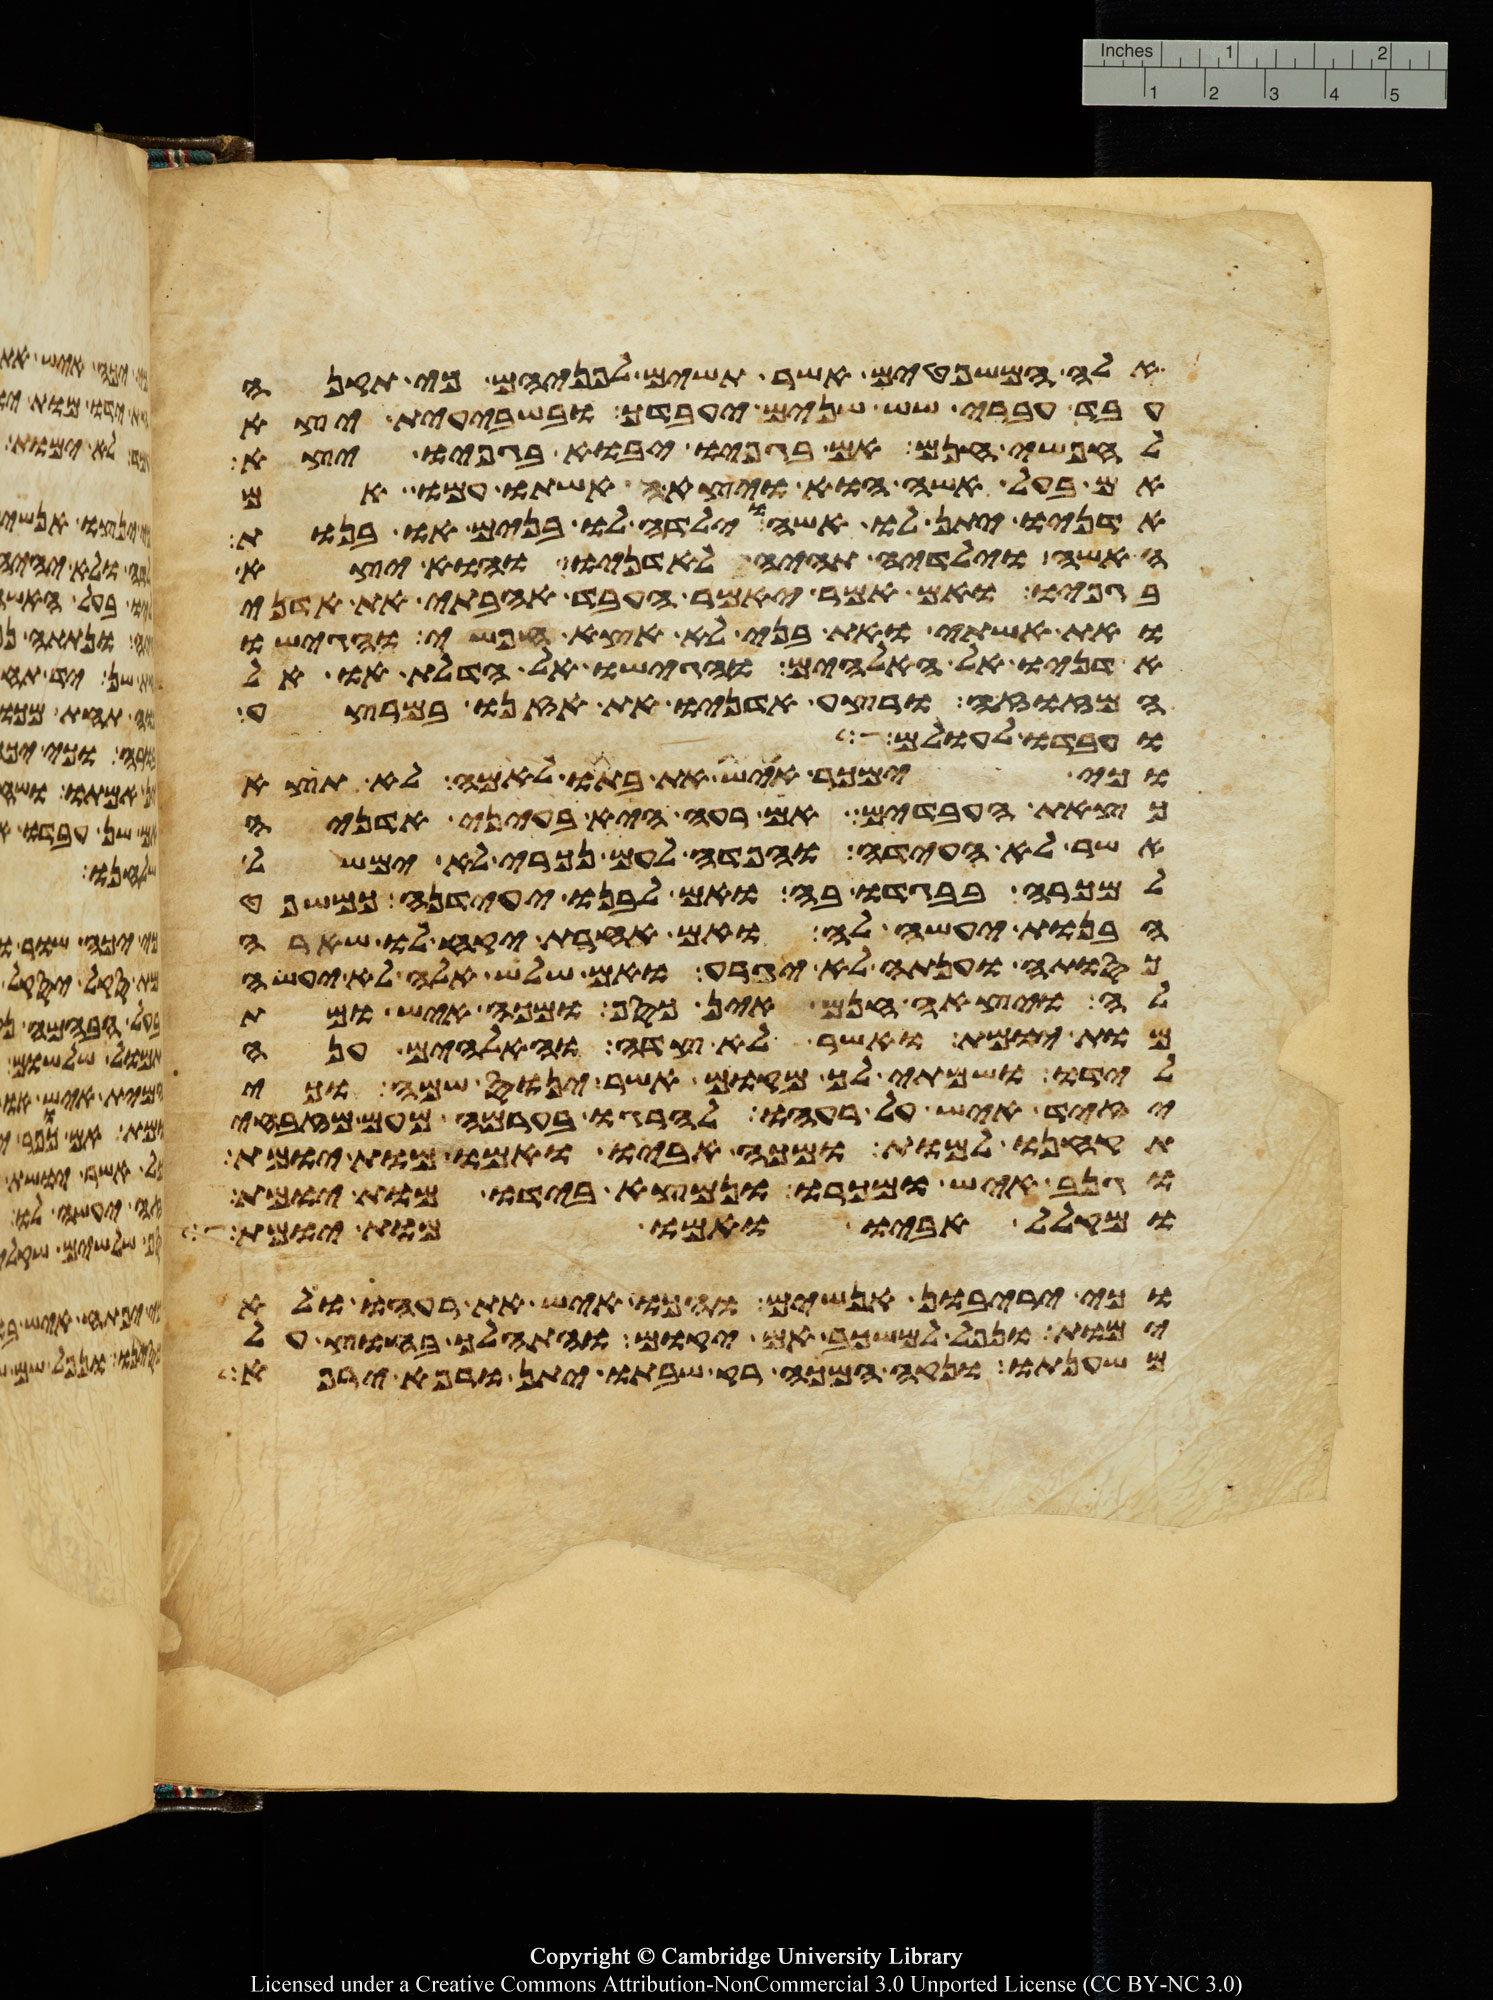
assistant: אלה המשפטים אשר תשים לפניהם כי תקנה
עבד עברי שש שנים יעבדך ובשבעית יצא
לחפשי חנם אם בגפיו יבוא בגפיו יצא
אם בעל אשה הוא ויצאה אשתו עמו אם
אדניו יתן לו אשה וילדה לו בנים או בנות
האשה וילידיה תהיה לאדניו והוא יצא
בגפיו אם אמר יאמר העבד אהבתי את אדני
את אשתי ואת בני לא אצא חפשי והגישו
אדניו אל האלהים והגישו אל הדלת או אל
המזוזה ורצע אדניו את אזנו במרצע
ועבדו לעולם
וכי ימכר איש את בתו לאמה לא תצא
כצאת העבדים אם רעה היא בעיני אדניה
אשר לא העידה והפדה לעם נכרי לא ימשל
למכרה בבגדו בה ואם לבנו יעידנה כמשפט
הבנות יעשה לה ואם אחרת יקח לו שארה
כסותה וענתה לא יגרע ואם שלש אלה לא יעשה
לה ויצאה חנם אין כסף מכה איש ומת
מות יומת ואשר לא צדה והאלהים אנה
לידו ושמתי לך מקום אשר ינוס שמה וכי
יזיד איש על רעהו להרגו בערמה מעם מזבחי
תקחנו למות ומכה אביו ואמו מות יומת
וגנב איש ומכרו ונמצא בידו מות יומת
ומקלל אביו ואמו מות יומת
וכי יריבון אנשים והכו איש את רעהו ולא
ימות ונפל למשכב אם יקום והתהלך בחוץ על
משענתו ונקה המכה רק שבתו יתן ורפא ירפא